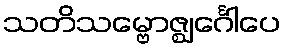
သတိသမ္ဗောဇ္ဈင်္ဂေါပေ